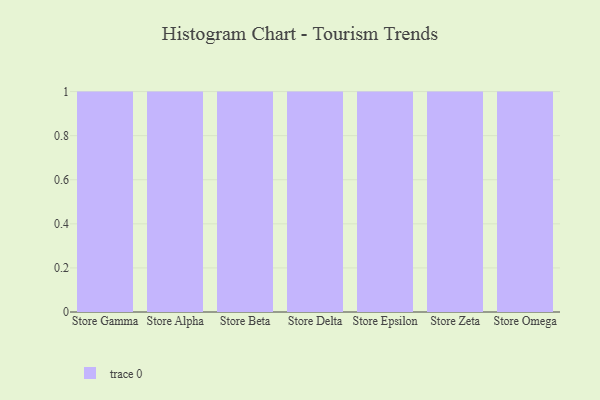
{"axis": {"x": "Store", "y": "Backlog"}, "legend": [""], "data": [{"x": "Store Gamma", "y": 5, "type": ""}, {"x": "Store Alpha", "y": 69, "type": ""}, {"x": "Store Beta", "y": 35, "type": ""}, {"x": "Store Delta", "y": 72, "type": ""}, {"x": "Store Epsilon", "y": 85, "type": ""}, {"x": "Store Zeta", "y": 8, "type": ""}, {"x": "Store Omega", "y": 23, "type": ""}]}